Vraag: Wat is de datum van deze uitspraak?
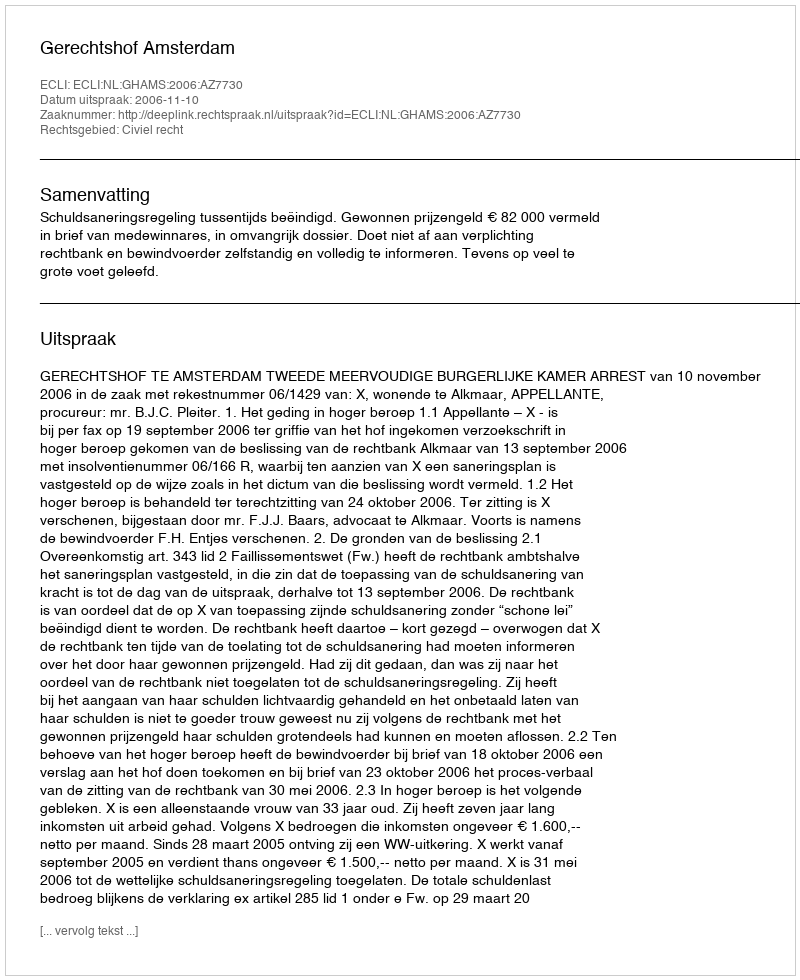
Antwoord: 2006-11-10